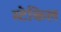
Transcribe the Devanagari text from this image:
स्टेकिल